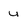
Character: u